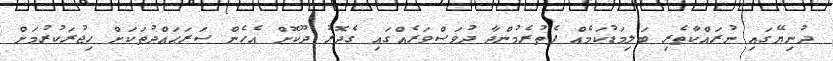
ދުނިޔޭގައި ނުރައްކާތެރި ބަލިމަޑުކަމެއް ފެތުރެމުންދާ ދުވަސްވަރެއްގައި ގެދޮރު ދޫކޮށް އެހެން ސަރަޙައްދުތަކަށް ހިޖުރަކުރުމަށް